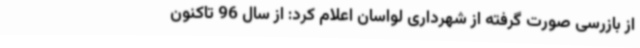
از بازرسی صورت گرفته از شهرداری لواسان اعلام کرد: از سال 96 تاکنون